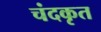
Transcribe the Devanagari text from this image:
चंदकृत